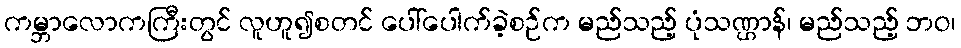
ကမ္ဘာလောကကြီးတွင် လူဟူ၍စတင် ပေါ်ပေါက်ခဲ့စဉ်က မည်သည့် ပုံသဏ္ဌာန်၊ မည်သည့် ဘဝ၊